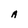
Character: A